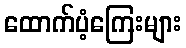
ထောက်ပံ့ကြေးများ